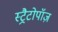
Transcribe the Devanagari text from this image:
स्ट्रैटोपॉज़